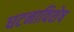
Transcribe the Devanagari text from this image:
घटनाविशेष